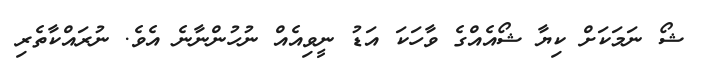
ޝޯ ނަމަކަށް ކިޔާ ޝޯއެއްގެ ވާހަކަ އަޑު ނީވިއެއް ނުހުންނާނެ އެވެ. ނުރައްކާތެރި